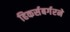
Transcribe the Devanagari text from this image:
हिकर्सबर्गरने